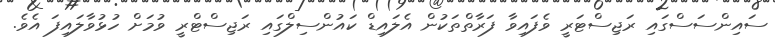
ސައިންސަސްގައި ރަޖިސްޓަރީ ވެފައިވާ ފަރާތްތަކުން އެލައިޑް ކައުންސިލްގައި ރަޖިސްޓްރީ ވުމަށް ހުޅުވާލައިފަ އެވެ.